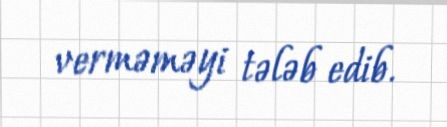
verməməyi tələb edib.